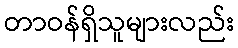
တာဝန်ရှိသူများလည်း